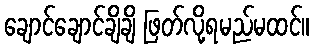
ချောင်ချောင်ချိချိ ဖြတ်လို့ရမည်မထင်။